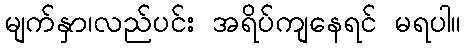
မျက်နှာ၊လည်ပင်း အရိပ်ကျနေရင် မရပါ။